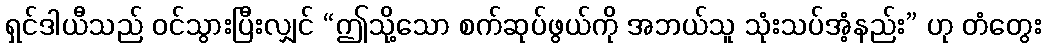
ရှင်ဒါယီသည် ဝင်သွားပြီးလျှင် “ဤသို့သော စက်ဆုပ်ဖွယ်ကို အဘယ်သူ သုံးသပ်အံ့နည်း” ဟု တံတွေး